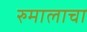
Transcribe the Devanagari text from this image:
रुमालाचा